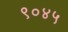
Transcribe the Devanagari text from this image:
९०४५